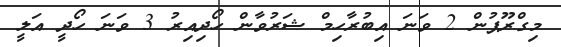
މިގްރޫޕުން 2 ވަނަ އިބުރާހިމް ޝަރުވާން ހޯދިއިރު 3 ވަނަ ހޯދީ އަލީ